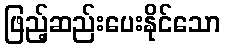
ဖြည့်ဆည်းပေးနိုင်သော